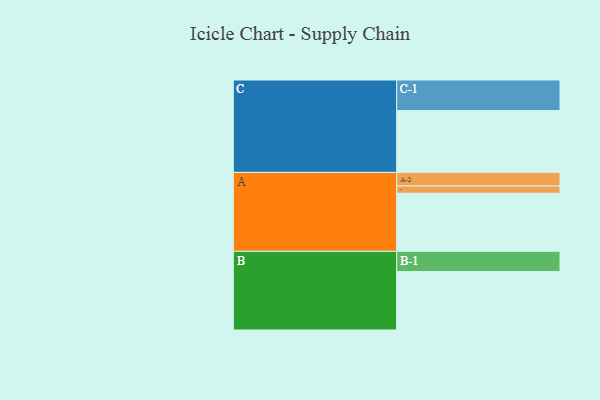
{"axis": {"x": "Segment", "y": "Value"}, "legend": ["", "A", "B", "C"], "data": [{"x": "A", "y": 530, "type": ""}, {"x": "B", "y": 533, "type": ""}, {"x": "C", "y": 564, "type": ""}, {"x": "A-1", "y": 66, "type": "A"}, {"x": "A-2", "y": 124, "type": "A"}, {"x": "B-1", "y": 185, "type": "B"}, {"x": "C-1", "y": 279, "type": "C"}]}